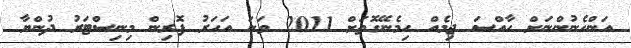
އަންހެނުންނަށް ހާއްސަ ޖިމެއް ހިމެނޭގޮތަށް 2011 ވަނަ އަހަރު ފޮރިން މިނިސްޓަރު ދުންޔާ